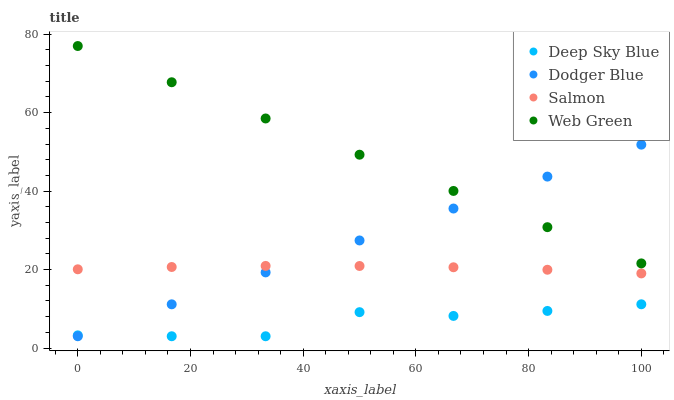
| xaxis_label | Deep Sky Blue | Dodger Blue | Salmon | Web Green |
 | --- | --- | --- | --- | --- |
 | 0 | 3.23 | 3 | 20.1 | 77 |
 | 16.7 | 3 | 11.1 | 20.7 | 67.8 |
 | 33.3 | 3 | 19.3 | 20.9 | 58.5 |
 | 50 | 9.14 | 27.4 | 20.9 | 49.3 |
 | 66.7 | 8.18 | 35.6 | 20.6 | 40.1 |
 | 83.3 | 9.46 | 43.7 | 20 | 30.8 |
 | 100 | 11.2 | 51.8 | 19 | 21.6 |